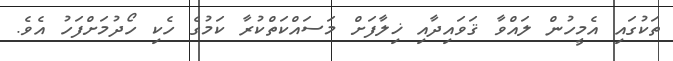
ތަކުގައި އެމީހުން ލައްވާ ޤަވައިދާއި ޚިލާފަށް މަސައްކަތްކުރާ ކަމުގެ ހެކި ހޯދުމަށްފަހު އެވެ.